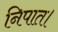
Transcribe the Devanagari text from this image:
निपात।